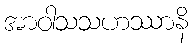
အာဝါသသဟဿာနိ